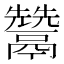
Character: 𩱕